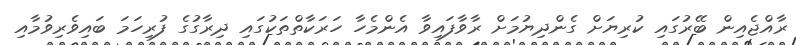
ރާއްޖެއިން ބޭރުގައި ކުރިޔަށް ގެންދިޔުމަށް ރާވާފައިވާ އެންމެހާ ހަރަކާތްތަކުގައި ދިރާގުގެ ފުރިހަމަ ބައިވެރިވުމާއި